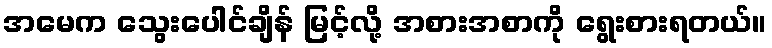
အမေက သွေးပေါင်ချိန် မြင့်လို့ အစားအစာကို ရွေးစားရတယ်။